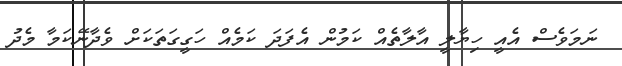
ނަމަވެސް އެއީ ހިޔާލީ އާލާތެއް ކަމުން އެފަދަ ކަމެއް ހަގީގަތަކަށް ވެދާނޭކަމާ މެދު